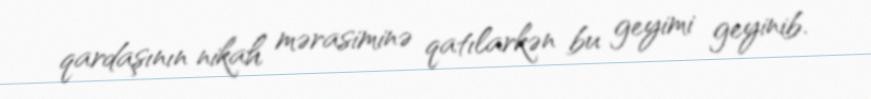
qardaşının nikah mərasiminə qatılarkən bu geyimi geyinib.